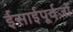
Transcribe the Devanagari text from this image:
ईसाईपूर्वजों